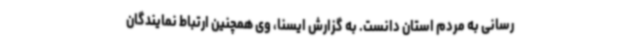
رسانی به مردم استان دانست. به گزارش ایسنا، وی همچنین ارتباط نمایندگان